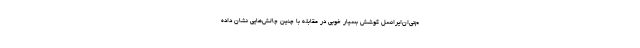
م‌تی‌ان‌ایرانسل کوشش بسیار خوبی در مقابله با چنین چالش‌هایی نشان داده